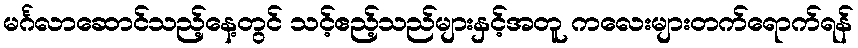
မင်္ဂလာဆောင်သည့်နေ့တွင် သင့်ဧည့်သည်များနှင့်အတူ ကလေးများတက်ရောက်ရန်